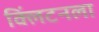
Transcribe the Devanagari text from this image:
क्लिंटनला